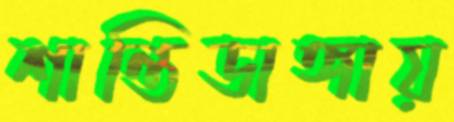
শান্তিডাঙ্গায়